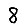
Digit: 8